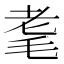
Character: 耄